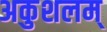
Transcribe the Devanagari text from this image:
अकुशलम्